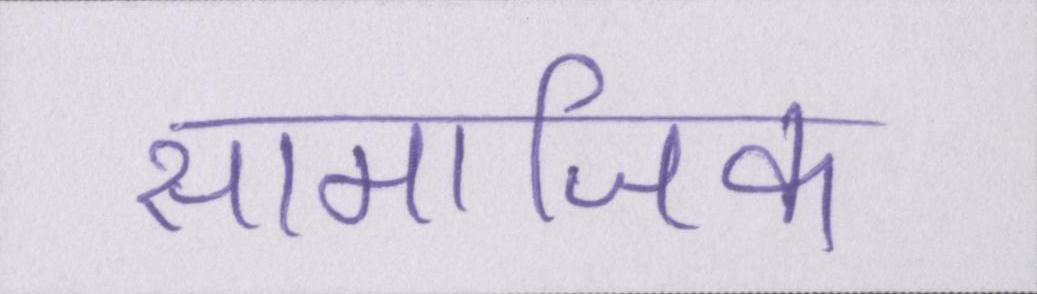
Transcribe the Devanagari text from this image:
सामाजिक